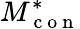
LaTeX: M_{\mathrm{~c~o~n~}}^{*}